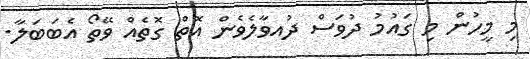
މި މީހުން މި ގައުމު ދުވަސް ދުއވާލެވެން އޮތް ގޮތެއް ވޭތޯ އެބަބަލާ.